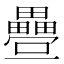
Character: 𭻸